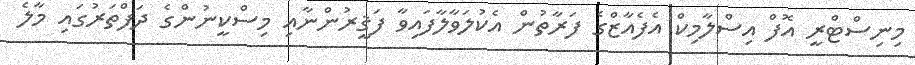
މިނިސްޓްރީ އޮފް އިސްލާމިކް އެފެއާޒްގެ ފަރާތުން އެކުލަވާލާފައިވާ ފަޤީރުންނާއި މިސްކީނުންގެ ދަފްތަރުގައި މާލެ